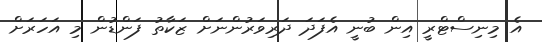
އެ މިނިސްޓްރީ އިން ބުނީ އެފަދަ ދަރިވަރުންނަށް ޒަކާތު ފަންޑުން މި އަހަރަށް